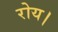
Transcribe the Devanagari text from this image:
रोय।